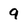
Character: 9